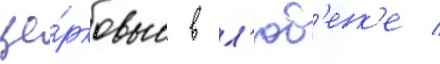
це́рковью в л'юб'ек'е /